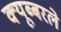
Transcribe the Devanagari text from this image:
क्यूब्बरले